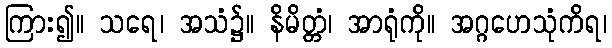
ကြား၍။ သရေ၊ အသံ၌။ နိမိတ္တံ၊ အာရုံကို။ အဂ္ဂဟေသုံကိရ၊